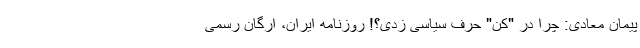
پیمان معادی: چرا در "کن" حرف سیاسی زدی؟! روزنامه ایران، ارگان رسمی